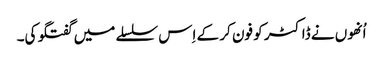
اُنھوں نے ڈاکٹر کو فون کر کے اِس سلسلے میں گفتگو کی۔